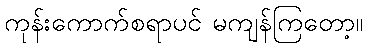
ကုန်းကောက်စရာပင် မကျန်ကြတော့။